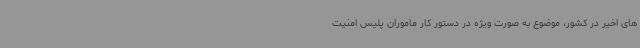
های اخیر در کشور، موضوع به صورت ویژه در دستور کار ماموران پلیس امنیت